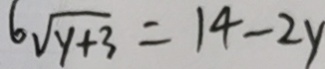
6 \sqrt { y + 3 } = 1 4 - 2 y